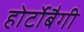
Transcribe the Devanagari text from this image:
होर्टोबैगी